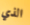
الذي